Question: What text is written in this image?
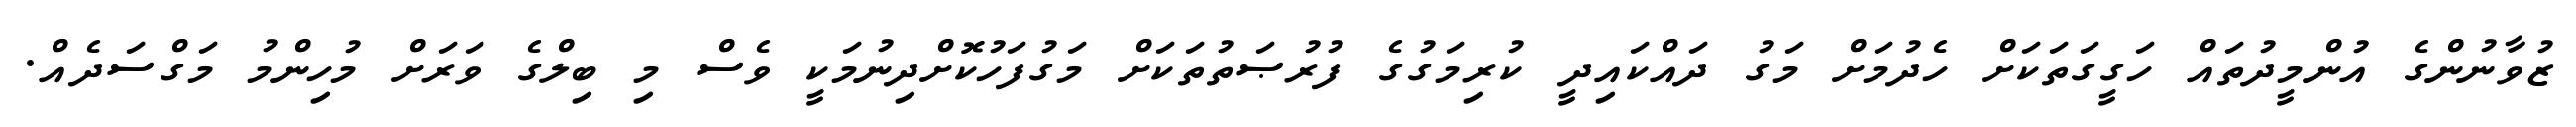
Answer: ޒުވާނުންގެ އުންމީދުތައް ހަގީގަތަކަށް ހެދުމަށް މަގު ދައްކައިދީ ކުރިމަގުގެ ފުރުޞަތުތަކަށް މަގުފަހުކޮށްދިނުމަކީ ވެސް މި ބިލްގެ ވަރަށް މުހިންމު މަގްސަދެއް.